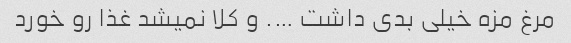
مرغ مزه خیلی بدی داشت …. و کلا نمیشد غذا رو خورد